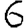
Digit: 6